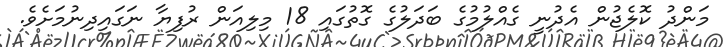
މަންދު ކޮލެޖުން އެދުނީ ގެއްލުމުގެ ބަދަލުގެ ގޮތުގައި 18 މިލިއަން ރުފިޔާ ނަގައިދިނުމަށެވެ.